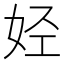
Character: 𫰛